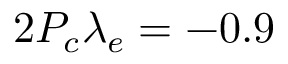
2 P _ { c } \lambda _ { e } = - 0 . 9